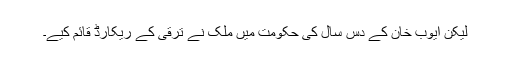
لیکن ایوب خان کے دس سال کی حکومت میں ملک نے ترقی کے ریکارڈ قائم کیے۔